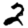
Digit: 2